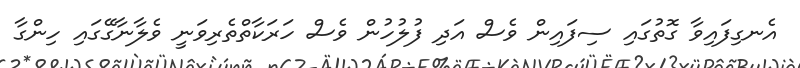
އެނގިފައިވާ ގޮތުގައި ސިފައިން ވެސް އަދި ފުލުހުން ވެސް ހަރަކާތްތެރިވަނީ ވެލާނާގޭގައި ހިންގާ